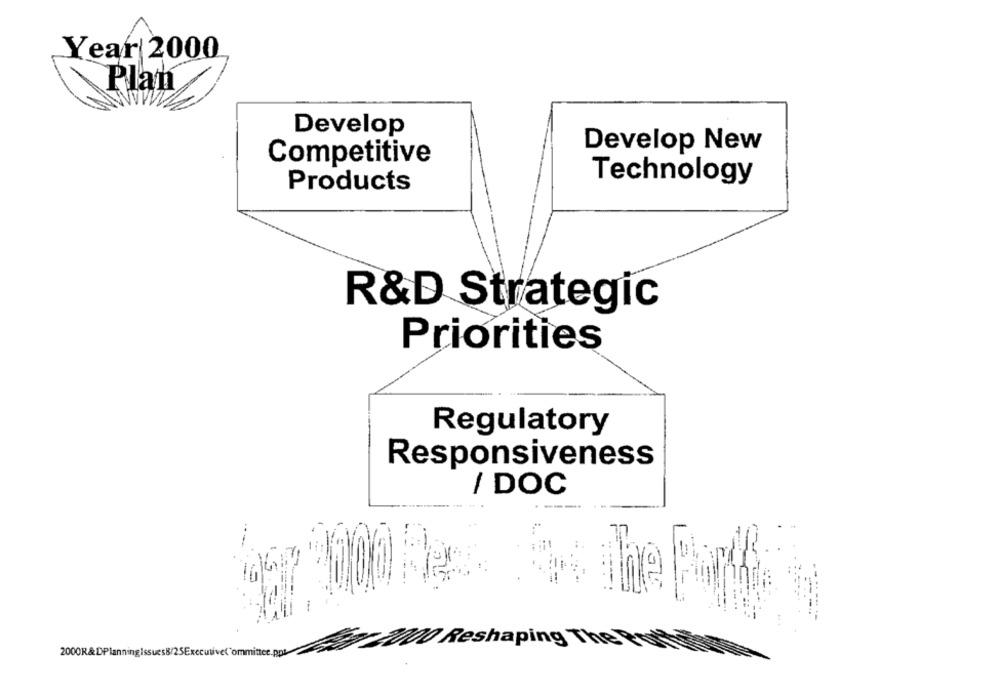
Year 2000
Plan
Develop
Develop New
Competitive
Technology
Products
R&D Strategic
Priorities
Regulatory
Responsiveness
/ DOC
grill/10 Reshaping Tes